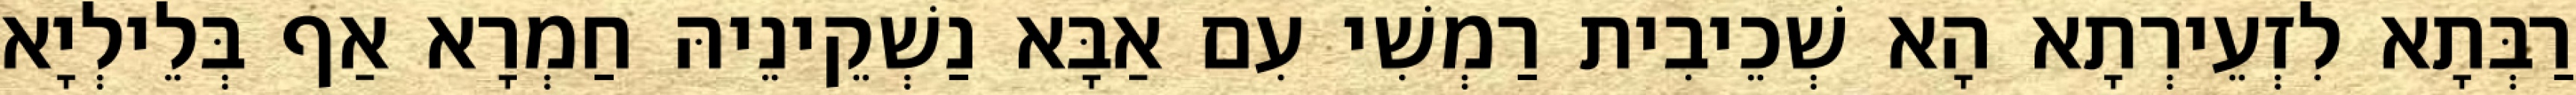
רַבְּתָא לִזְעֵירְתָא הָא שְׁכֵיבִית רַמְשִׁי עִם אַבָּא נַשְׁקֵינֵיהּ חַמְרָא אַף בְּלֵילְיָא